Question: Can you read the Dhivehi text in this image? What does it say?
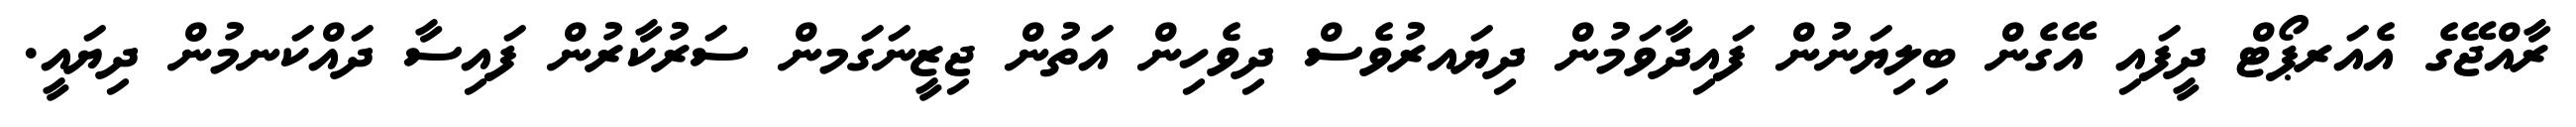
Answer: ރާއްޖޭގެ އެއަރޕޯޓް ދީފައި އޭގެން ބިލިޔަނުން ފައިދާވަމުން ދިޔައރުވެސް ދިވެހިން އަތުން ޖިޒީނަގަމން ސަރުކާރުން ފައިސާ ދައްކަނމުން ދިޔައީ.